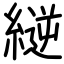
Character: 縌